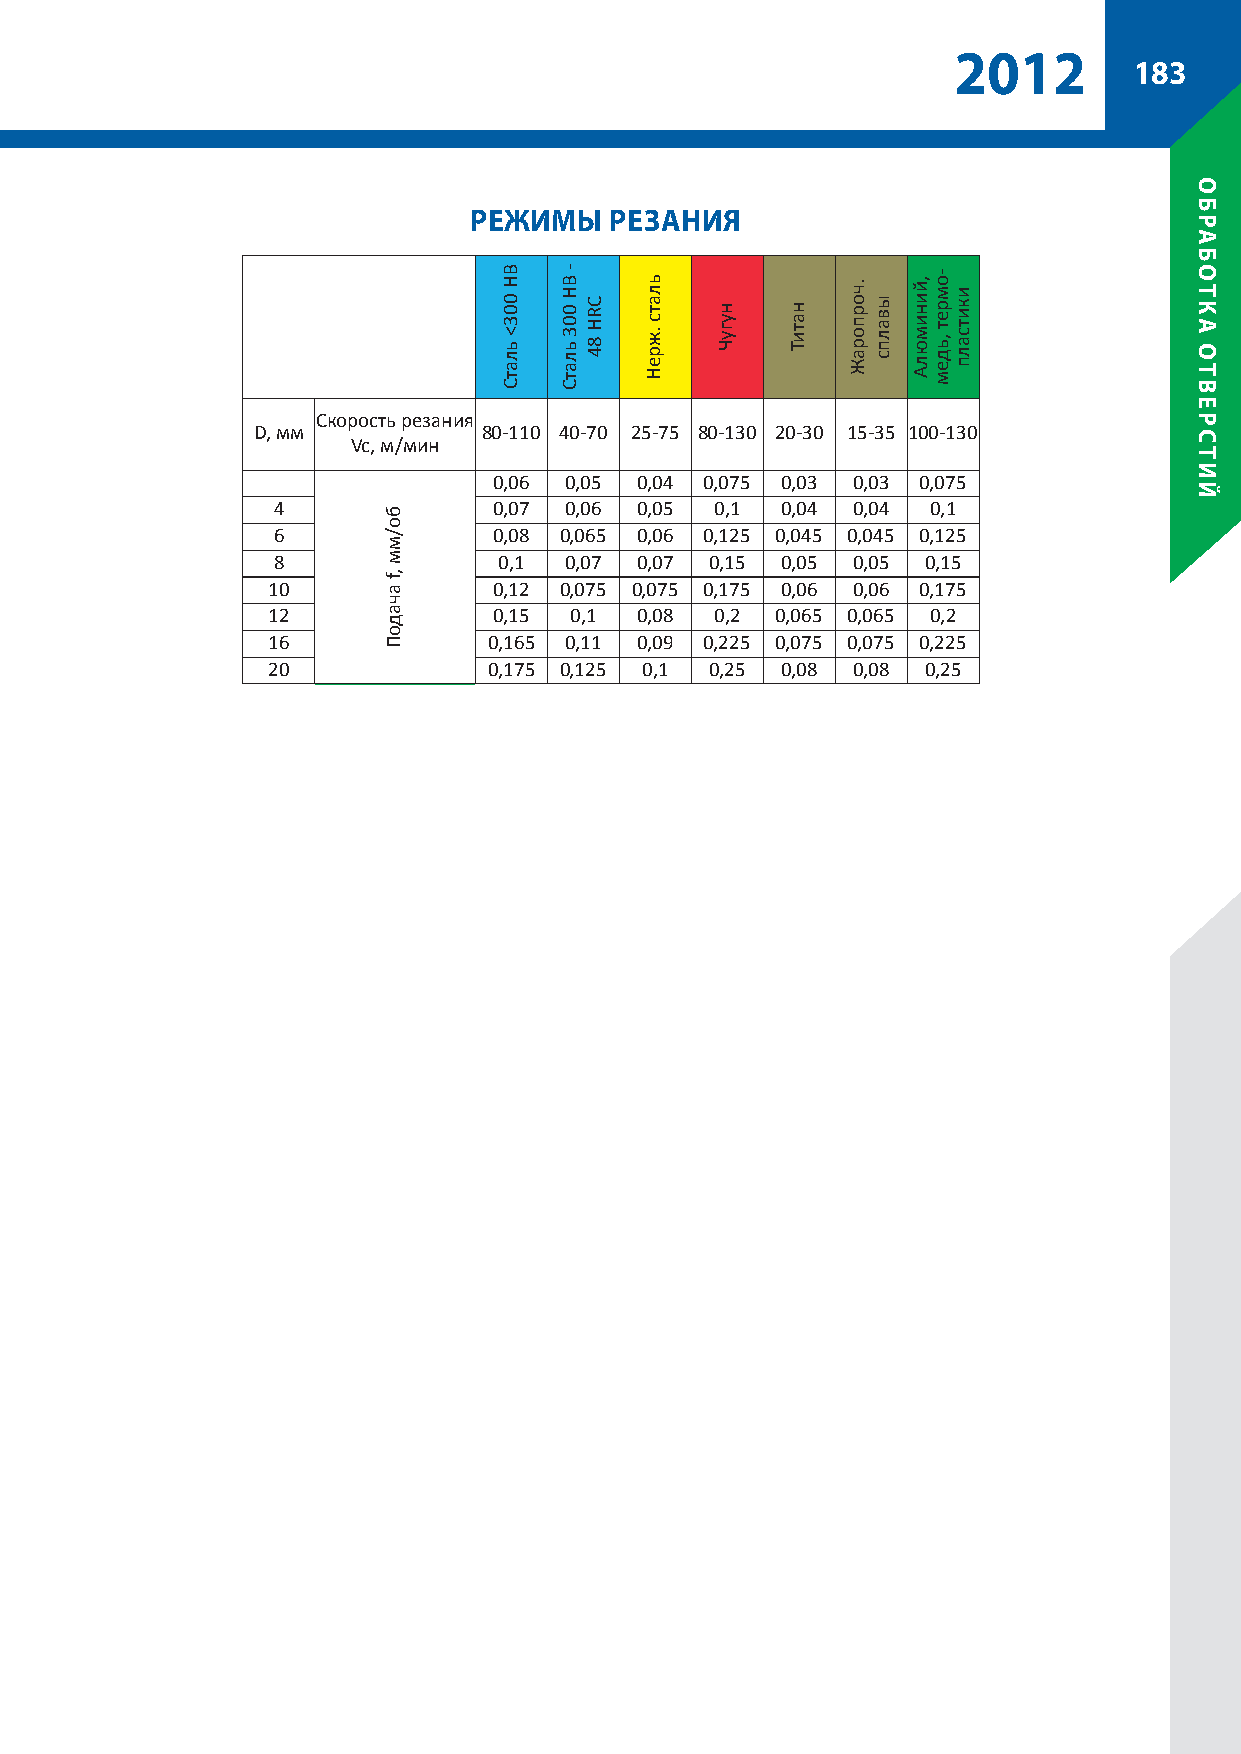
2012
 183
 рЕЖимы   рЕзания
 Скорость резания
 D, мм          80-110 40-70 25-75 80-130 20-30 15-35 100-130
 Vc, м/мин
 3              0,06 0,05 0,04 0,075 0,03 0,03 0,075
 4              0,07 0,06 0,05 0,1 0,04 0,04 0,1
 6              0,08 0,065 0,06 0,125 0,045 0,045 0,125
 8              0,1 0,07 0,07 0,15 0,05 0,05 0,15
 10             0,12 0,075 0,075 0,175 0,06 0,06 0,175
 12             0,15 0,1 0,08 0,2 0,065 0,065 0,2
 16            0,165 0,11 0,09 0,225 0,075 0,075 0,225
 20            0,175 0,125 0,1 0,25 0,08 0,08 0,25
 бо/мм
 ,f
 ачадоП
 BH
 003<
 ьлатС
 - BH
 003
 ьлатС
 CRH
 84
 ьлатс
 .жреН
 нугуЧ натиТ
 .чорпораЖ
 ывалпс
 ,йинимюлА -омрет
 ,ьдем
 икитсалп
 обрабоТка
 оТвЕрсТий